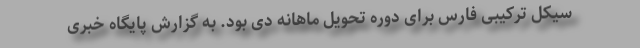
سیکل ترکیبی فارس برای دوره تحویل ماهانه دی بود. به گزارش پایگاه خبری